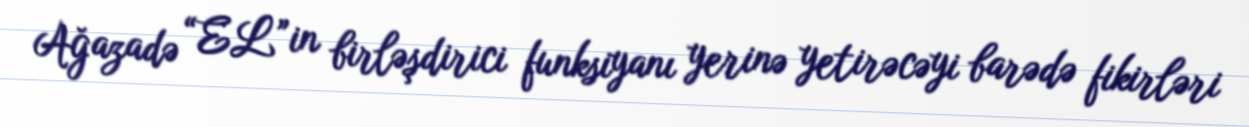
Ağazadə “EL”in birləşdirici funksiyanı yerinə yetirəcəyi barədə fikirləri